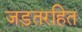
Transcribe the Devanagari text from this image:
जड़तरहित